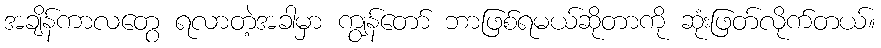
အချိန်ကာလတွေ ရလာတဲ့အခါမှာ ကျွန်တော် ဘာဖြစ်ရမယ်ဆိုတာကို ဆုံးဖြတ်လိုက်တယ်။